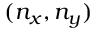
( n _ { x } , n _ { y } )